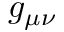
g _ { \mu \nu }